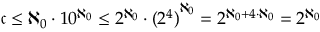
{ \mathfrak { c } } \leq \aleph _ { 0 } \cdot 1 0 ^ { \aleph _ { 0 } } \leq 2 ^ { \aleph _ { 0 } } \cdot { ( 2 ^ { 4 } ) } ^ { \aleph _ { 0 } } = 2 ^ { \aleph _ { 0 } + 4 \cdot \aleph _ { 0 } } = 2 ^ { \aleph _ { 0 } }